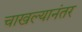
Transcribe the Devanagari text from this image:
चाखल्यानंतर